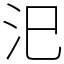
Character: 汜